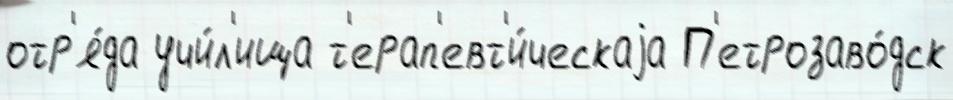
отр'я́да учи́л'ища т'ерап'евт'и́ческаjа П'етрозаво́дск